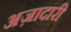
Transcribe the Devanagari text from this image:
अज़ादारी